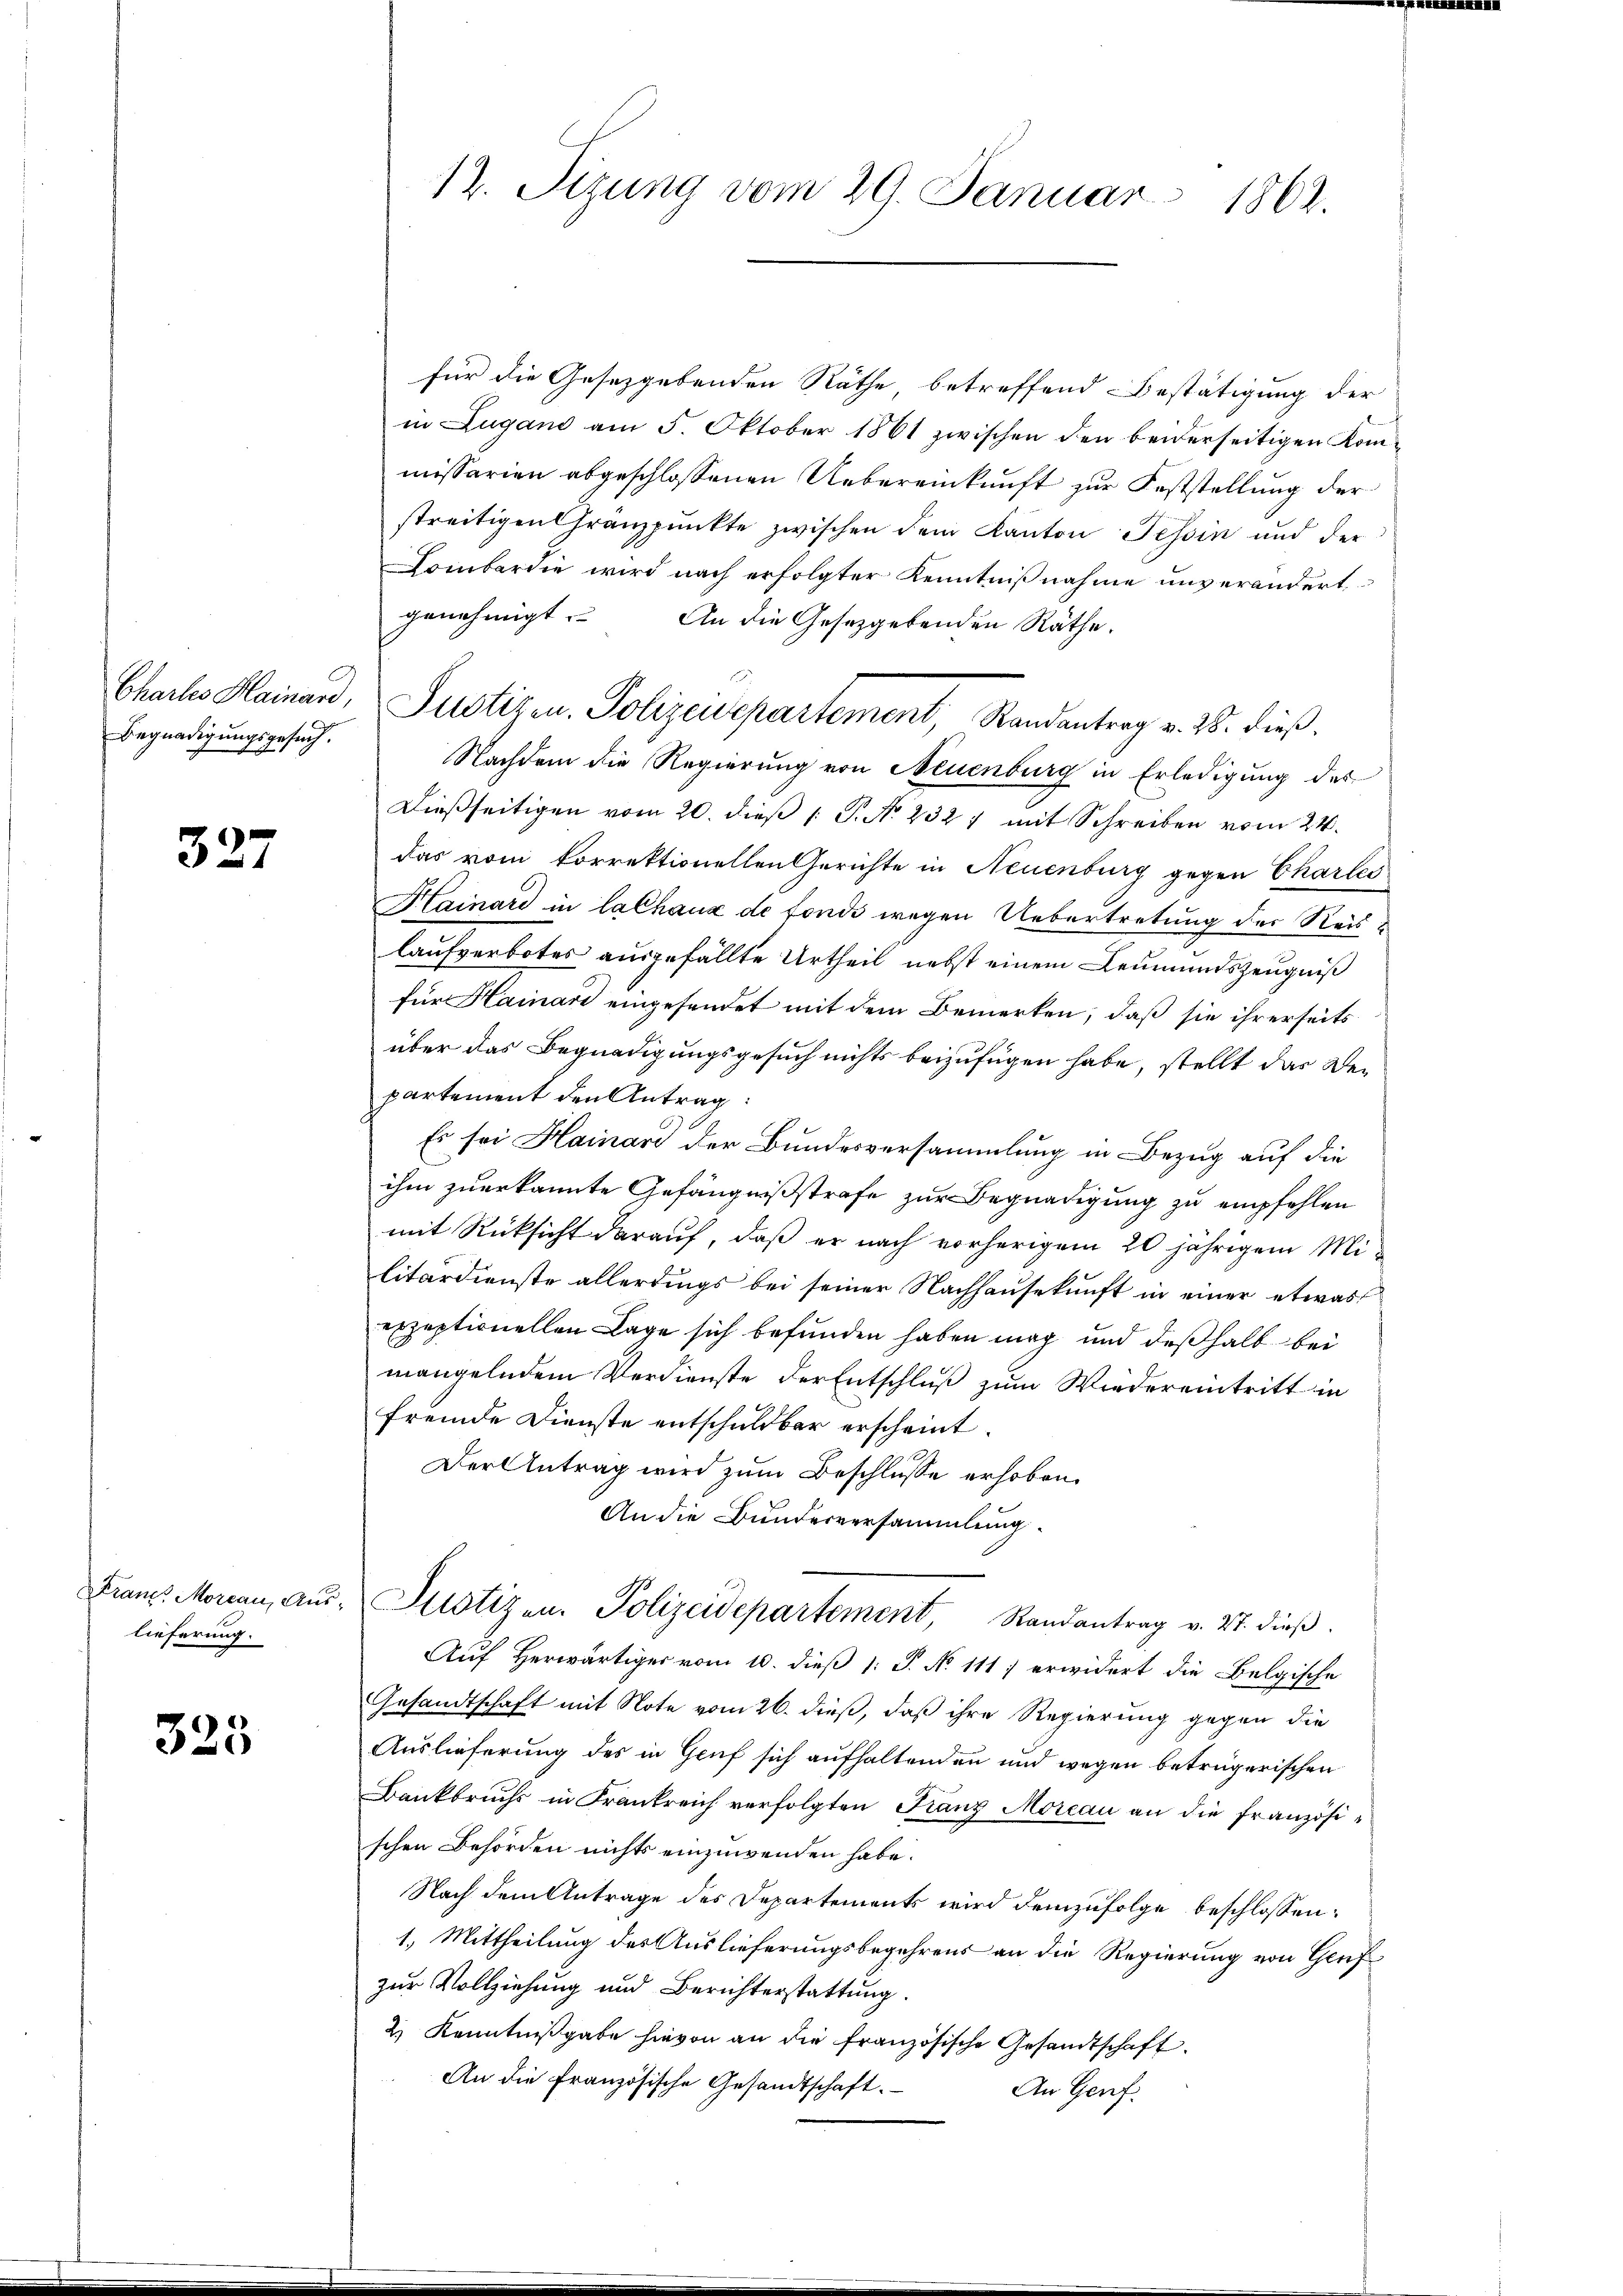
Charles Hainard,
Begnadigungsgesuch.

327

Franz Morcau, Aus-
lieferung.

325

12. Sizung vom 29. Januar 1862.

für die Gesetzgebenden Räthe betreffend Bestätigung der
in Lugano am 5. Oktober 1861 zwischen den beiderseitigen Kommissarien abgeschlossenen Uebereinkunft zur Feststellung der
streitigen Granzpunkte zwischen dem Kanton Tessin und der
Lombardie wird nach erfolgter Kenntniβnahme unverändert
genehmigt. An die Gesetzgebenden Räthe.
Justizen Polizeisepartement, Randantrag v. 25. dieß,
Nachdem die Regierung von Neuenburg in Erledigung des
Dießseitigen vom 20. dieß [ P. N. 232 7 mit Schreiben vom 24.
das vom korrektionellen Gerichte in Neuenburg gegen Charles
Hainare in lalhaus de fonds wegen Uebertretung der Reislaufverbotes ausgefällte Urtheil nebst einem Leumundszeugniß
für Hainari eingesendet mit dem Bemerken, daß sie ihrerseits
über das Begnadigungsgesuch nichts beizufügen habe, stellt das Departement den Antrag:
Es sei Hainari der Bundesversammlung in Bezug auf die
ihm zuerkannte Gefängnißstrafe zur Begnadigung zu empfehlen
mit Rücksicht darauf, daß er nach vorherigem 20 jährigem Militärdienste allerdings bei seiner Nachhausekunft in einer etwas
exzeptionellen Lage sich befunden haben mag und deßhalb bei
mangelndem Verdienste der Entschluß zum Wiedereintritt in
fremde Dienste entschuldbar erscheint.
Der Antrag wird zum Beschlüsse erhoben.
An die Bunderversammlung.
Justizen. Polizeidepartement Randantrag v. 27. dieβ.
Auf herwärtiger vom 10. dieß 1: P. No 111) erwidert die Belgische
Gesandtschaft mit Note vom 26. dieß, daß ihre Regierung gegen die
Auslieferung des in Gruf sich aufhaltenden und wegen betrügerischen
Bankbruchs in Frankreich verfolgten Franz Moreau an die französischen Behörden nichts einzuwenden habe.
Nach dem Antrage des Departements wird demzufolge beschlossen:
1.) Mittheilung des Auslieferungsbegehrens an die Regierung von Genf
zur Vollziehung und Berichterstattung.
2.) Kenntnißgabe hievon an die französische Gesandtschaft
An die Französische Gesandtschaft.
An Genf.